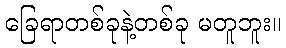
ခြေရာတစ်ခုနဲ့တစ်ခု မတူဘူး။